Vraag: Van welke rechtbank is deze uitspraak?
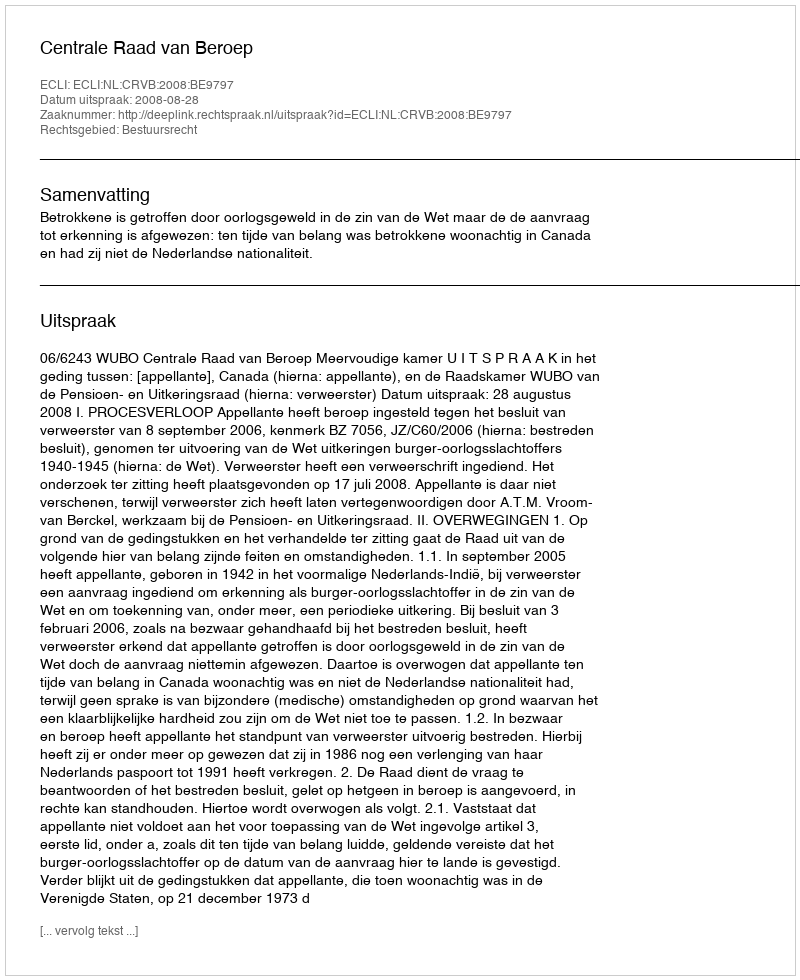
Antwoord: Centrale Raad van Beroep